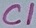
Text: C1